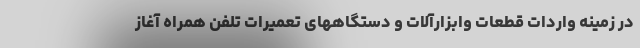
در زمینه واردات قطعات وابزارآلات و دستگاههای تعمیرات تلفن همراه آغاز